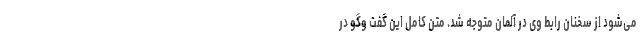
می‌شود از سخنان رابط وی در آلمان متوجه شد. متن کامل این گفت وگو در